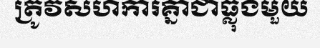
ត្រូវសហការគ្នាជាធ្លុងមួយ